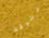
نتوقف